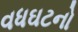
વધઘટનો